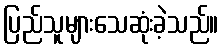
ပြည်သူများသေဆုံးခဲ့သည်။